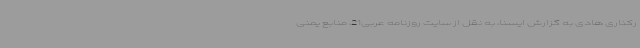
رکناری هادی به گزارش ایسنا، به نقل از سایت روزنامه عربی21، منابع یمنی